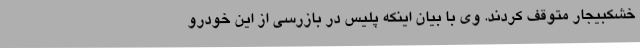
خشکبیجار متوقف کردند. وی با بیان اینکه پلیس در بازرسی از این خودرو